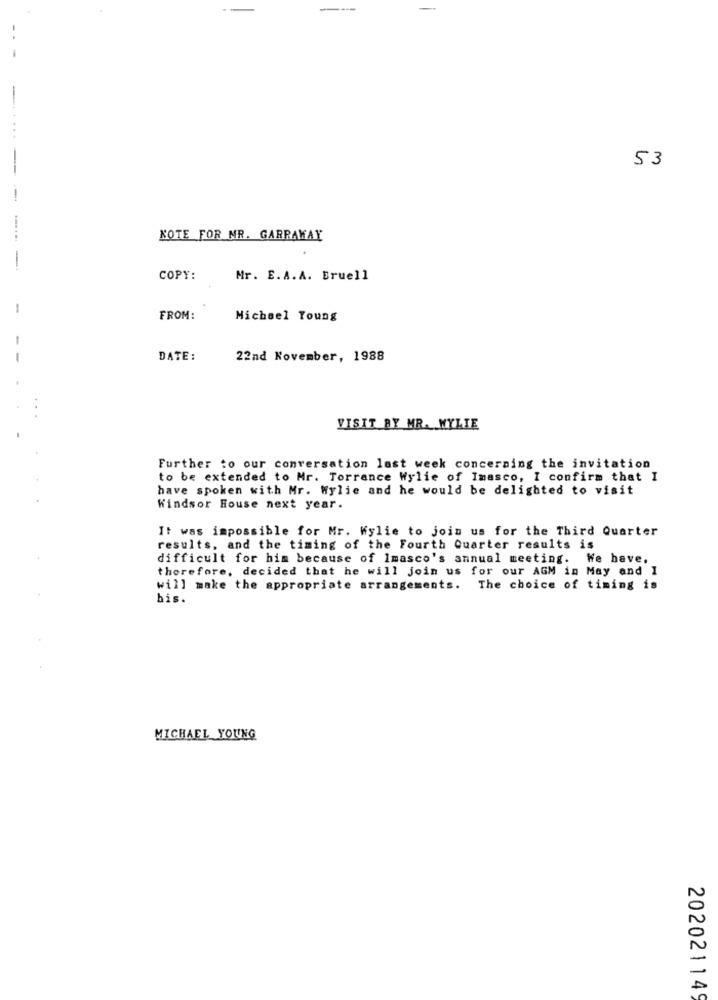
53
......
KOTE FOR MR. GARRAWAY
-
COPY:
Mr. E.A.A. Bruell
-
FROM:
Michael Young
DATE:
22nd November, 1988
...
VISIT BY MR. WYLIE
Further to our conversation last week concerning the invitation
to be extended to Mr. Torrance Wylie of Imasco, I confirm that I
have spoken with Mr. Wylie and he would be delighted to visit
Windsor House next year.
It was impossible for Mr. Wylie to join us for the Third Quarter
results, and the timing of the Fourth Quarter results is
difficult for him because of Imasco's annual meeting. We have,
therefore, decided that he will join us for our AGM in May and I
will make the appropriate arrangements. The choice of timing is
his.
MICHAEL YOUNG
20202114